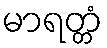
မာရတ္တံ